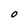
Character: O